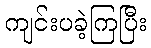
ကျင်းပခဲ့ကြပြီး